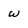
Character: w